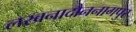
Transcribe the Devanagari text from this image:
लखनादौननागपुर